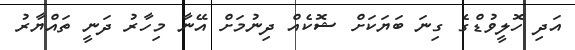
އަދި ހޮލީވުޑްގެ ގިނަ ބަޔަކަށް ޝޮކެއް ދިނުމަށް އޭނާ މިހާރު ދަނީ ތައްޔާރު